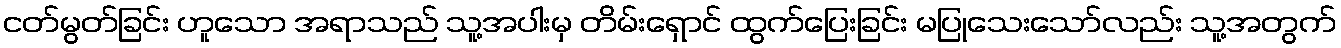
ငတ်မွတ်ခြင်း ဟူသော အရာသည် သူ့အပါးမှ တိမ်းရှောင် ထွက်ပြေးခြင်း မပြုသေးသော်လည်း သူ့အတွက်